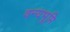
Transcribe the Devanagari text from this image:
वन्यभूमि